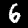
Label: 6